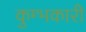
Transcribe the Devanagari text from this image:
कुम्भकारी